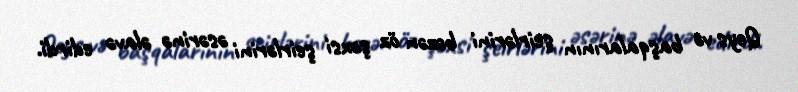
Qeys və başqalarının şeirlərini bəzən öz şəxsi şeirlərini əsərinə əlavə edirdi.